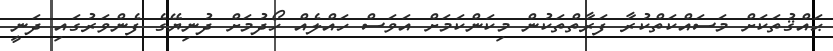
ޙައްޤުތަކަށް މަސައްކަތްކުރާ ފަރާތްތަކުން މިކަންކަމަށް އަވަސް ހައްލެއް ހޯދުމަށް ދުނިޔޭގެ ފެންވަރުގައި ދަނީ